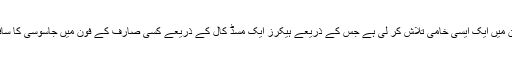
فنانشل ٹائمز کے مطابق سائبر سکیورٹی ماہرین نے واٹس ایپ کے پرانے ورژن میں ایک ایسی خامی تلاش کر لی ہے جس کے ذریعے ہیکرز ایک مسڈ کال کے ذریعے کسی صارف کے فون میں جاسوسی کا سافٹ ویئر انسٹال کر سکتے ہیں اور اس کے فون کا کنٹرول حاصل کر سکتے ہیں۔